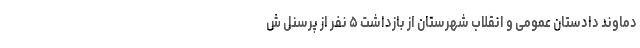
دماوند دادستان عمومی و انقلاب شهرستان از بازداشت ۵ نفر از پرسنل ش